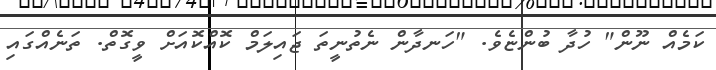
ކަމެއް ނޫން" ހުދާ ބުންޏެވެ. "ހަނދާން ނެތުނީތަ ޖައިލަމް ކޮއްކޮއަށް ވީގޮތް. ތަނެއްގައި